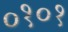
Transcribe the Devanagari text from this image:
०१०१